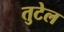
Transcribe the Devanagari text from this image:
तुटेल